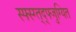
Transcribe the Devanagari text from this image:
स्फ्स्ग्त्द्फ्जुग्यित